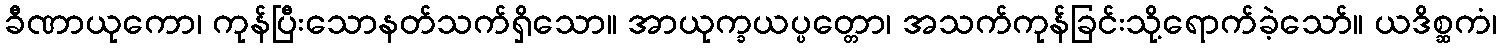
ခီဏာယုကော၊ ကုန်ပြီးသောနတ်သက်ရှိသော။ အာယုက္ခယပ္ပတ္တော၊ အသက်ကုန်ခြင်းသို့ရောက်ခဲ့သော်။ ယဒိစ္ဆကံ၊